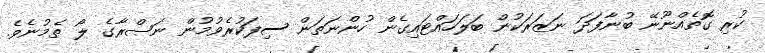
ކުރި ގޮތެއްނޫނޭ ބުނާފަދަ ނަޒަރަކުން ބަލަހައްޓައިގެން ހުންނަތަން ސިފަކުރެވުމުން ނަޞްރާގެ ލޯ ތެމުނެވެ.